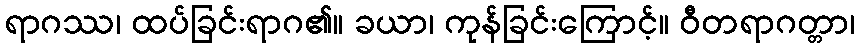
ရာဂဿ၊ ထပ်ခြင်းရာဂ၏။ ခယာ၊ ကုန်ခြင်းကြောင့်။ ဝီတရာဂတ္တာ၊